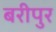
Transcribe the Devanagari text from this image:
बरीपुर